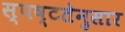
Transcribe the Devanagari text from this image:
स्पष्टतेनुसार